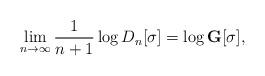
LaTeX: \begin{align*}\lim_{n \to \infty} \frac{1}{n+1} \log D_{n}[\sigma]=\log \mathbf{G}[\sigma], \end{align*}